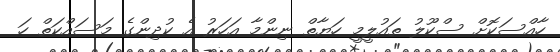
ހާއްސަކޮށް ސްކޫލު ތައުލީމީ ހަޔާތް ނިންމާ އަހަރު އެ ކުދިންގެ މަސައްކަތް ހަ